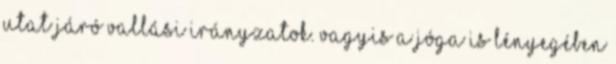
utat járó vallási irányzatok. Vagyis a jóga is lényegében